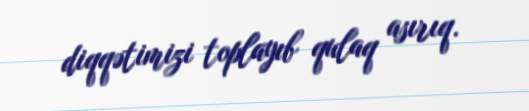
diqqətimizi toplayıb qulaq asırıq.